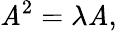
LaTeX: \mathit{A}^{2}=\lambda\mathit{A},